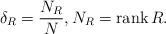
LaTeX: \begin{align*}\delta_{R}=\frac{N_{R}}{N},N_{R}=\operatorname{rank}R. \end{align*}